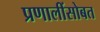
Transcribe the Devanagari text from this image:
प्रणालींसोबत